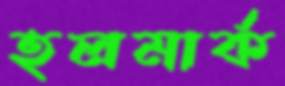
হলমার্ক